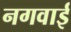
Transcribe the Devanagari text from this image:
नगवाई